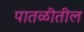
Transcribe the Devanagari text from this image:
पातळीतील